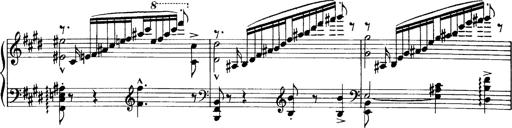
Title: OuvertÃ¼re zu TannhÃ¤user
Composer: Franz Liszt